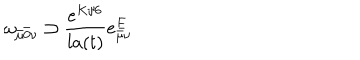
\omega _ { \bar { \mu } \bar { 0 } \nu } \supset \frac { e ^ { K / 6 } } { l a ( t ) } e _ { \bar { \mu } \nu } ^ { E }